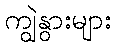
ကျွဲနွားများ